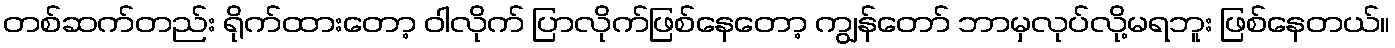
တစ်ဆက်တည်း ရိုက်ထားတော့ ဝါလိုက် ပြာလိုက်ဖြစ်နေတော့ ကျွန်တော် ဘာမှလုပ်လို့မရဘူး ဖြစ်နေတယ်။